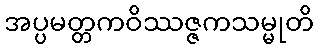
အပ္ပမတ္တကဝိဿဇ္ဇကသမ္မုတိ